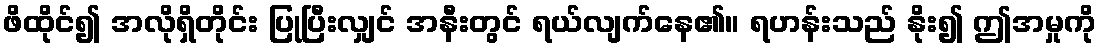
ဖိထိုင်၍ အလိုရှိတိုင်း ပြုပြီးလျှင် အနီးတွင် ရယ်လျက်နေ၏။ ရဟန်းသည် နိုး၍ ဤအမှုကို